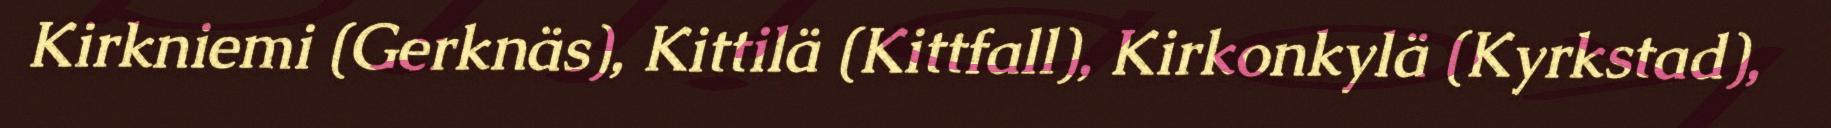
Kirkniemi (Gerknäs), Kittilä (Kittfall), Kirkonkylä (Kyrkstad),